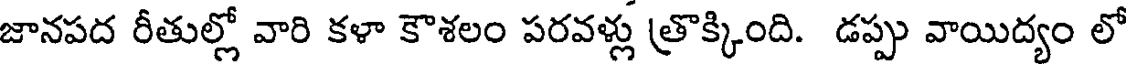
జానపద రీతుల్లో వారి కళా కౌశలం పరవళ్లు త్రొక్కింది. డప్పు వాయిద్యం లో